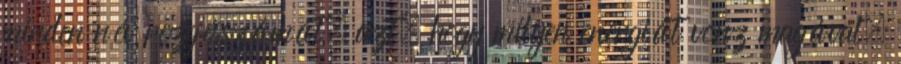
minden név rezgésszámát, azt, hogy milyen energiát vonz magával.